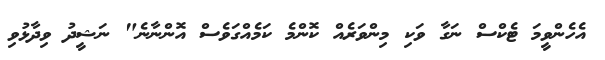
އެހެންވީމަ ޓެކްސް ނަގާ ވަކި މިންވަރެއް ކޮންމެ ކަމެއްގަވެސް އޮންނާނެ" ނަޝީދު ވިދާޅުވި